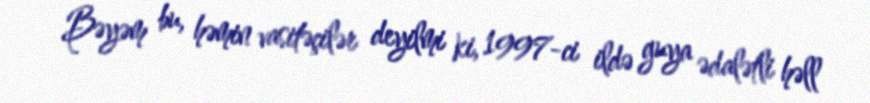
Bəyəm bu, həmin vasitəçilər deyilmi ki, 1997-ci ildə guya ədalətli həll